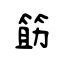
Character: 筯